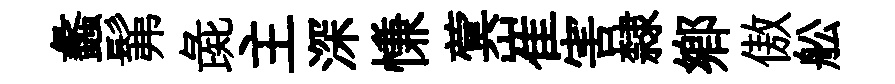
蠡髴彘主深慊蓂崔害隸鄕傲舩